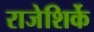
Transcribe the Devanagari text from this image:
राजेशिर्के